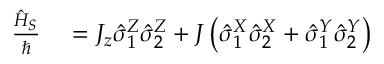
\begin{array} { r l } { \frac { \hat { H } _ { S } } { \hbar } } & { { } = J _ { z } \hat { \sigma } _ { 1 } ^ { Z } \hat { \sigma } _ { 2 } ^ { Z } + J \left( \hat { \sigma } _ { 1 } ^ { X } \hat { \sigma } _ { 2 } ^ { X } + \hat { \sigma } _ { 1 } ^ { Y } \hat { \sigma } _ { 2 } ^ { Y } \right) } \end{array}